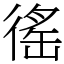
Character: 徭